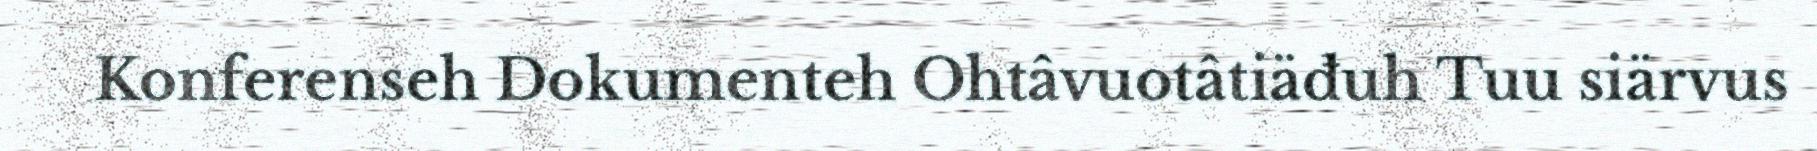
Konferenseh Dokumenteh Ohtâvuotâtiäđuh Tuu siärvus